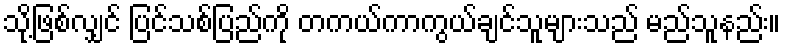
သို့ဖြစ်လျှင် ပြင်သစ်ပြည်ကို တကယ်ကာကွယ်ချင်သူများသည် မည်သူနည်း။